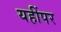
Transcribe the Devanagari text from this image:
यहींपर